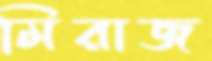
মিরাজ